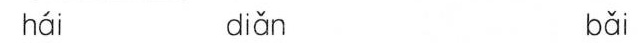
hái diǎn bǎi